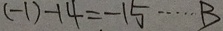
( - 1 ) - 1 4 = - 1 5 \cdots B